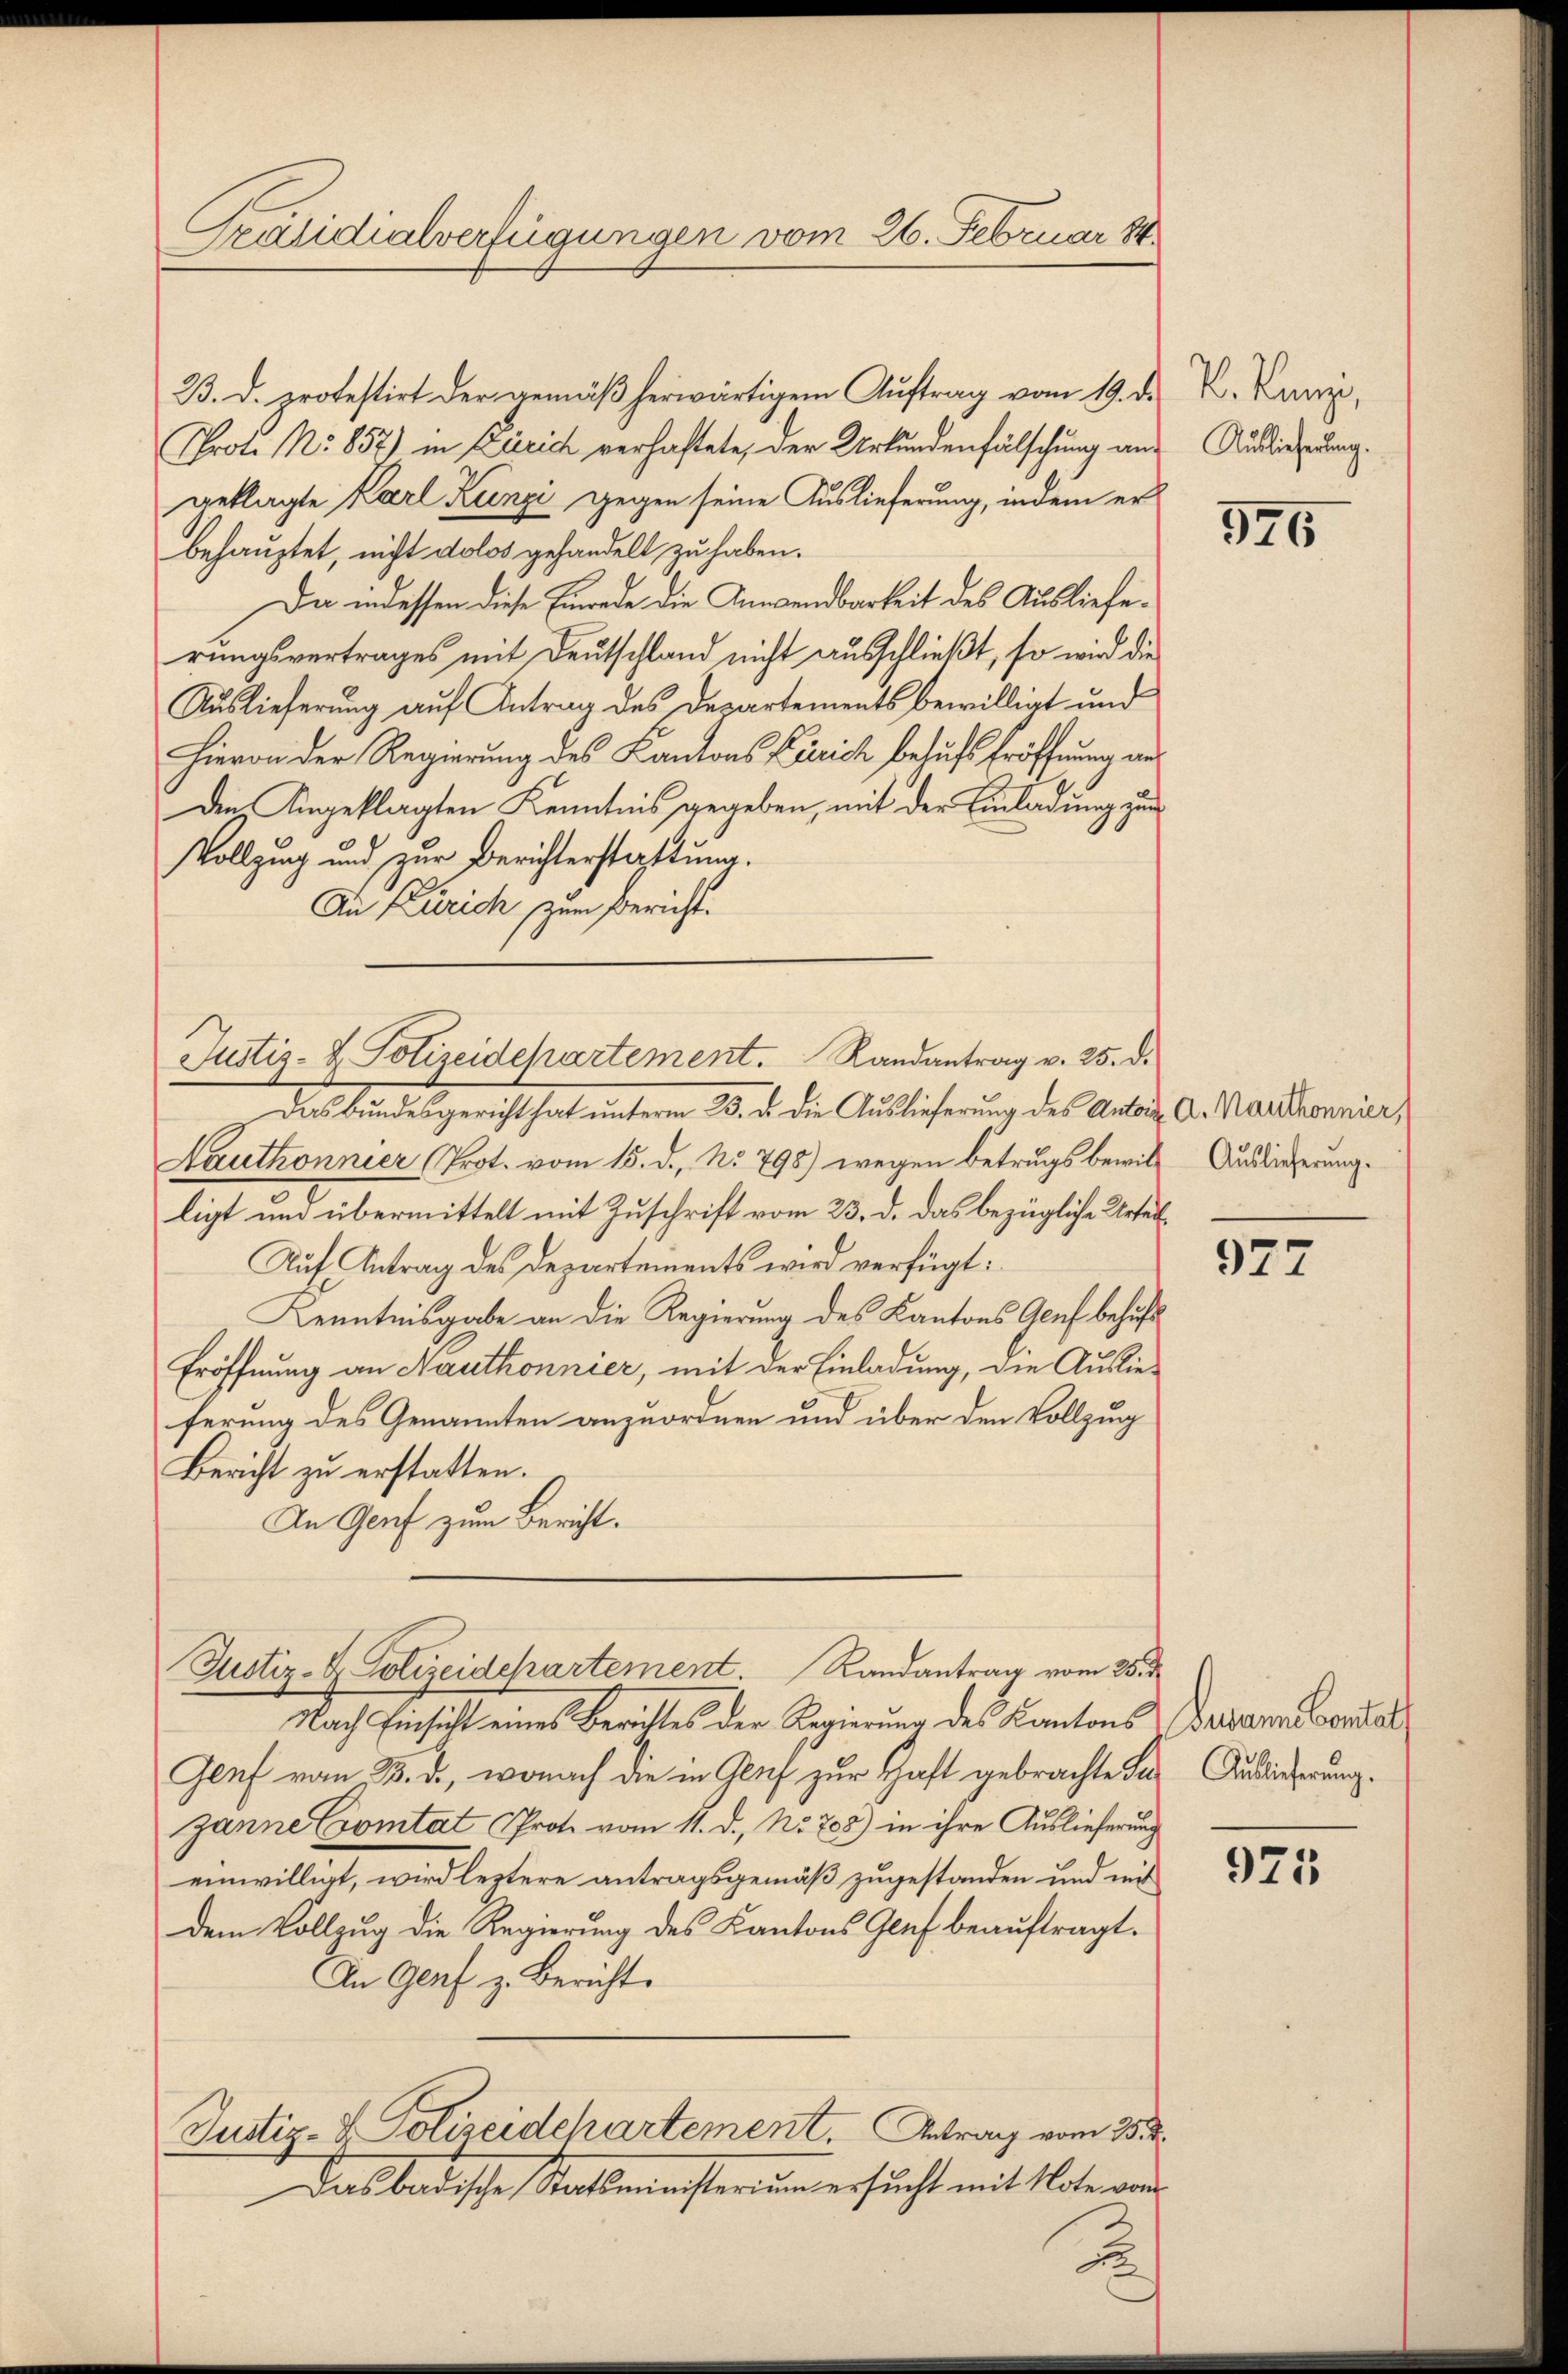
Präsidialverfügungen vom 26. Februar 184

Justiz- & Polizeidchartement. Randantrag v. 25. d.

23. d. protestirt der gemäβ herwärtigem Aŭftrag vom 19. d. M. Kanz
Prote No 857) in Zürich verhaftete, der Urkundenfälschung aus Auslieferung
geklagte Karl Künzi gegen seine Auslieferung, indem er
behauptet, nicht dolos gehandelt, zu haben.
Da indessen diese Einrede die Anwendbarkeit des Auslieferungsvertrages mit Deutschland nicht ausschließt, so wird die
Auslieferung auf Antrag des Departements bewilligt und
Hievon der Regierung des Kantons Zürich behufs Eröffnung aus
den Angeklagten Kenntnis gegeben, mit der Einladung zur
Vollzung und zur Berichterstattung.
An Zürich zum Bericht.

Justiz- & Polizeidepartement Randantrag vom 25. d

Das Bundesgericht hat unterm 23. d. die Auslieferung des Anton A. Marthonnier,
Nauthonnier (Prot. vom 15. d. No. 798) wegen Betrugs bewill Auslieferung.
ligt und übermittelt mit Zuschrift vom 23. d. das bezügliche Urtei¬
Auf Antrag des Departements wird verfügt:
Kenntnisgabe an die Regierung des Kantons Genf behufs
Eröffnung an Hauthonnier, mit der Einladung, die Auslieferung des Genannten anzuordnen und über den Vollzug
Bericht zu erstatten.
In Genf zum Bericht.

Nach Einsicht eines Berichtes der Regierung des Kantons Dekann bandol
Genf vom 3. d., wonach die in Glaf zur Haft gebrachte die Auslicherung.
zanne Comitat Prote vom 11. d. No. 708) in ihre Auslieferung
einwilligt, wird leztere antragsgemäß zugestanden und mit
dem Vollzug die Regierung des Kantons Genf beauftragt.
An Genf z. Bericht.
Justiz- & Polizeidchartement. Antrag vom 25. d.
Das badische Staatsministerium ersucht mit Note von
.

976

977

2

925